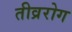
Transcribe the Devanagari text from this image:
तीव्ररोग